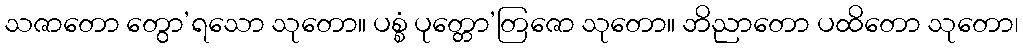
သဇာတော တွော’ရသော သုတော။ ပစ္စံ ပုတ္တော’တြဇော သုတော။ ဘိညာတော ပထိတော သုတော၊